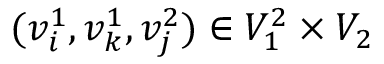
( v _ { i } ^ { 1 } , v _ { k } ^ { 1 } , v _ { j } ^ { 2 } ) \in V _ { 1 } ^ { 2 } \times V _ { 2 }